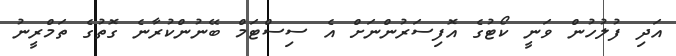
އަދި ފުލުހުން ވަނީ ކޯޓުގެ އޮފިސަރުންނަށް އެ ސިސްޓަމް ބޭނުންކުރާނެ ގޮތުގެ ތަމްރީނު